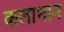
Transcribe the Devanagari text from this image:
कलाभान